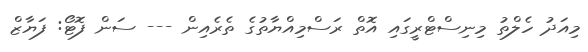
މިއަދު ހެލްތު މިނިސްޓްރީގައި އޮތް ރަސްމިއްޔާތުގެ ތެރެއިން --- ސަން ފޮޓޯ: ފަޔާޒް